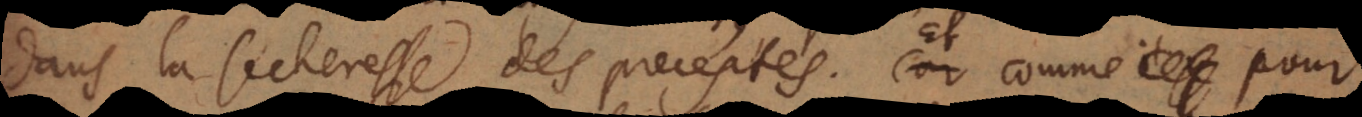
dans la secheresse des preceptes. Et comme pour